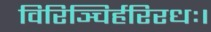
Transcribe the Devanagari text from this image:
विरिञ्चिर्हरिरधः।